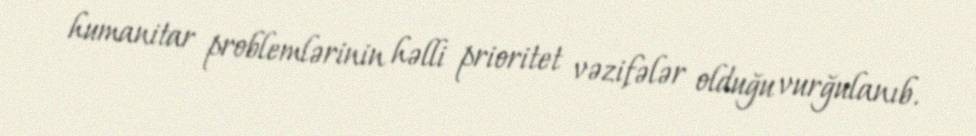
humanitar problemlərinin həlli prioritet vəzifələr olduğu vurğulanıb.